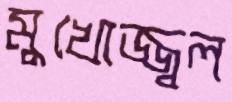
মুখোজ্জ্বল